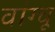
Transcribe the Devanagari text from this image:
वांग्चू